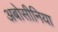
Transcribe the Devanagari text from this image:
अबोसीनिया